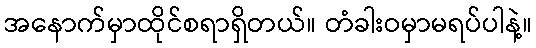
အနောက်မှာထိုင်စရာရှိတယ်။ တံခါးဝမှာမရပ်ပါနဲ့။